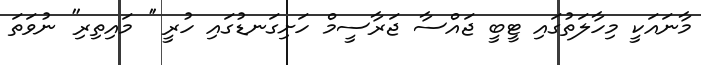
މާނައަކީ މިހާލަތުގައި ޓީބީ ޖައްސާ ޖަރާސީމް ހަށިގަނޑުގައި ހުރީ '' މައިތިރި'' ނުވަތަ